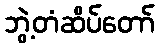
ဘွဲ့တံဆိပ်တော်